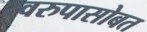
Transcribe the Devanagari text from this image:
स्वरुपासोबत